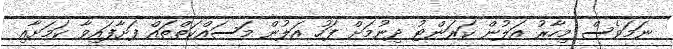
ނަމަވެސް މިހާރު އަލުން ކަރަންޓު ދިނުމަށް ފަހު އަލުން މަސައްކަތްތައް ފަށާފައިވާ ކަމަށާއި